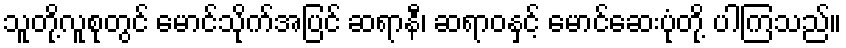
သူတို့လူစုတွင် မောင်သိုက်အပြင် ဆရာနီ၊ ဆရာဝနှင့် မောင်ဆေးပုံတို့ ပါကြသည်။